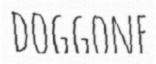
DOGGONE